Report on the cultivation and use of ganja
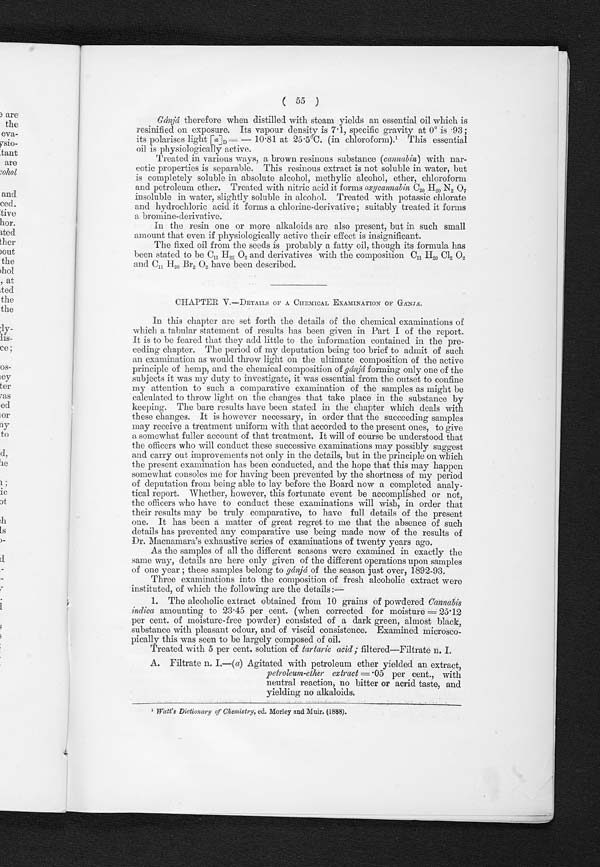
( 55 )
Gánjá therefore when distilled with steam yields an essential oil which is
resinified on exposure. Its vapour density is 7.1, specific gravity at 0° is 93 ;
its polarises light [a]D= — 10 81 at 25 . 5°C. (in chloroform). 1 This essential
oil is physiologically active.
Treated in various ways, a brown resinous substance (cannabin) with nar-
cotic properties is separable. This resinous extract is not soluble in water, but
is completely soluble in absolute alcohol, methylic alcohol, ether, chloroform
and petroleum ether. Treated with nitric acid it forms oxycannabin C 20 H20 N2 O 7
insoluble in water, slightly soluble in alcohol. Treated with potassic chlorate
and hydrochloric acid it forms a chlorine-derivative; suitably treated it forms
a bromine-derivative.
In the resin one or more alkaloids are also present, but in such small
amount that even if physiologically active their effect is insignificant.
The fixed oil from the seeds is probably a fatty oil, though its formula has
been stated to be C11 H22 O2 and derivatives with the composition C11 H 20 C12 O 2
and C11 H 20 Br2 O2 have been described.
CHAPTER V.—DETAILS OF A CHEMICAL EXAMINATION OF GÁNJÁ.
In this chapter are set forth the details of the chemical examinations of
which a tabular statement of results has been given in Part I of the report.
It is to be feared that they add little to the information contained in the pre-
ceding chapter. The period of my deputation being too brief to admit of such
an examination as would throw light on the ultimate composition of the active
principle of hemp, and the chemical composition of gánjá forming only one of the
subjects it was my duty to investigate, it was essential from the outset to confine
my attention to such a comparative examination of the samples as might be
calculated to throw light on the changes that take place in the substance by
keeping. The bare results have been stated in the chapter which deals with
these changes. It is however necessary, in order that the succeeding samples
may receive a treatment uniform with that accorded to the present ones, to give
a somewhat fuller account of that treatment. It will of course be understood that
the officers who will conduct these successive examinations may possibly suggest
and carry out improvements not only in the details, but in the principle on -which
the present examination has been conducted, and the hope that this may happen
somewhat consoles me for having been prevented by the shortness of my period
of deputation from being able to lay before the Board now a completed analy-
tical report. Whether, however, this fortunate event be accomplished or not,
the officers who have to conduct these examinations will wish, in order that
their results may be truly comparative, to have full details of the present
one. It has been a matter of great regret to me that the absence of such
details has prevented any comparative use being made now of the results of
D
r. Macnamara's exhaustive series of examinations of twenty years ago.
As the samples of all the different seasons were examined in exactly the
same way, details are here only given of the different operations upon samples
of one year ; these samples belong to gánjá of the season just over, 1892-93.
Three examinations into the composition of fresh alcoholic extract were
instituted, of which the following are the details :-
1. The alcoholic extract obtained from 10 grains of powdered Cannabis
indica amounting to 23.45 per cent. (when corrected for moisture = 25•12
per cent. of moisture-free powder) consisted of a dark green, almost black,
substance with pleasant odour, and of viscid consistence. Examined microsco-
pically this was seen to be largely composed of oil.
Treated with 5 per cent. solution of tartaric acid ; filtered—Filtrate n. I.
A. Filtrate n. I.—(a) Agitated with petroleum ether yielded an extract,
petroleum-ether extract =•05 per cent., with
neutral reaction, no bitter or acrid taste, and
yielding no alkaloids.
1 Watt's Dictionary of Chemistry, ed. Morley and Muir. (1888).